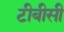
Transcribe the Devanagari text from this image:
टीबीसी